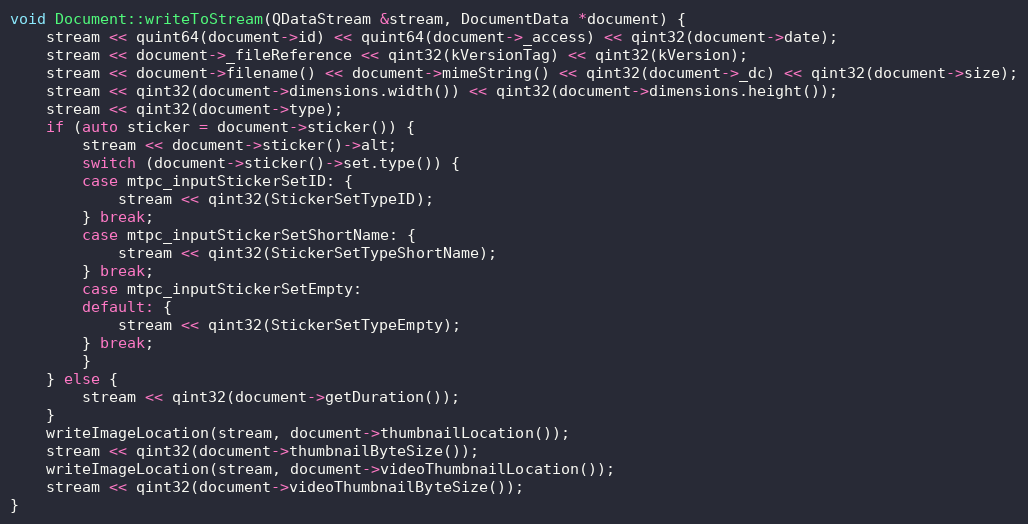
Language: C++
void Document::writeToStream(QDataStream &stream, DocumentData *document) {
	stream << quint64(document->id) << quint64(document->_access) << qint32(document->date);
	stream << document->_fileReference << qint32(kVersionTag) << qint32(kVersion);
	stream << document->filename() << document->mimeString() << qint32(document->_dc) << qint32(document->size);
	stream << qint32(document->dimensions.width()) << qint32(document->dimensions.height());
	stream << qint32(document->type);
	if (auto sticker = document->sticker()) {
		stream << document->sticker()->alt;
		switch (document->sticker()->set.type()) {
		case mtpc_inputStickerSetID: {
			stream << qint32(StickerSetTypeID);
		} break;
		case mtpc_inputStickerSetShortName: {
			stream << qint32(StickerSetTypeShortName);
		} break;
		case mtpc_inputStickerSetEmpty:
		default: {
			stream << qint32(StickerSetTypeEmpty);
		} break;
		}
	} else {
		stream << qint32(document->getDuration());
	}
	writeImageLocation(stream, document->thumbnailLocation());
	stream << qint32(document->thumbnailByteSize());
	writeImageLocation(stream, document->videoThumbnailLocation());
	stream << qint32(document->videoThumbnailByteSize());
}